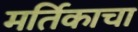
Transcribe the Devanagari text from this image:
मर्तिकाचा